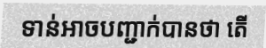
ទាន់អាចបញ្ជាក់បានថា តើ